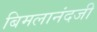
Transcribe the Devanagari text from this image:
बिमलानंदजी